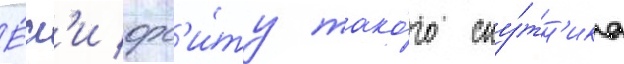
Е́сл'и орб'и́ту тако́го спу́тн'ика